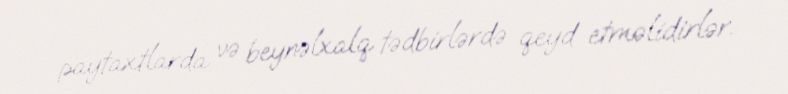
paytaxtlarda və beynəlxalq tədbirlərdə qeyd etməlidirlər.